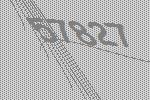
57827